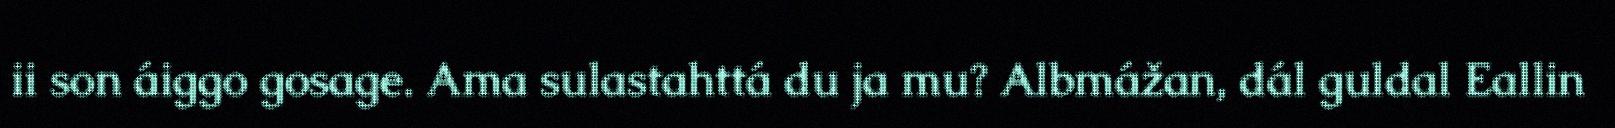
ii son áiggo gosage. Ama sulastahttá du ja mu? Albmážan, dál guldal Eallin